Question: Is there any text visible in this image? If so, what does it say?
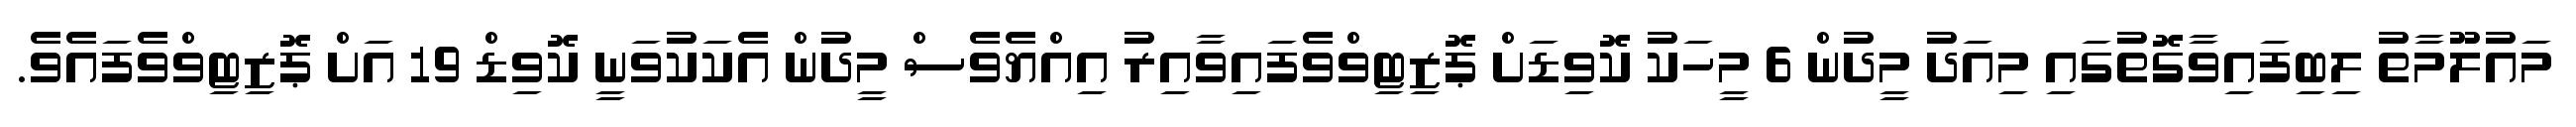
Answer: މައުލޫމާތު ލިބިފައިވާގޮތުގައި މިއަދު މީދުން 6 މީހަކު ކޮވިޑަށް ޕޮޒިޓިވްވެފައިވާއިރު އިއްޔެވެސް މީދުން އެކަކުވަނީ ކޮވިޑް 19 އަށް ޕޮޒިޓިވްވެފައެވެ.